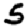
Digit: 5